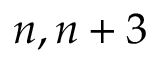
n , n + 3